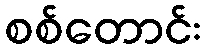
စစ်တောင်း